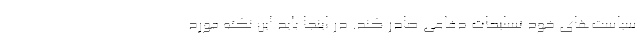
سیاست­‌های خود تسلیحات دفاعی صادر کند. در اینجا باید این نکته مورد